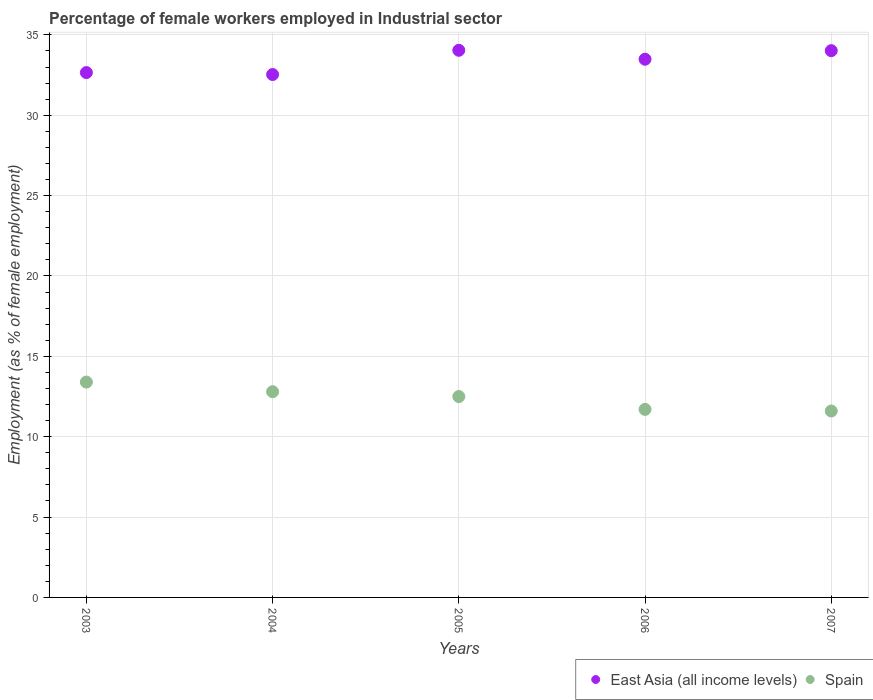
| Years | East Asia (all income levels) | Spain |
 | --- | --- | --- |
 | 2003 | 32.7 | 13.4 |
 | 2004 | 32.5 | 12.8 |
 | 2005 | 34 | 12.5 |
 | 2006 | 33.5 | 11.7 |
 | 2007 | 34 | 11.6 |